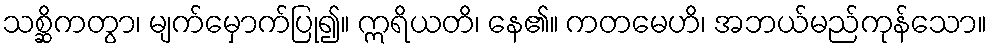
သစ္ဆိကတွာ၊ မျက်မှောက်ပြု၍။ ဣရိယတိ၊ နေ၏။ ကတမေဟိ၊ အဘယ်မည်ကုန်သော။